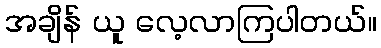
အချိန် ယူ လေ့လာကြပါတယ်။